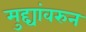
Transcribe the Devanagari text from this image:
मुद्द्यांवरुन